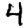
Digit: 4